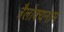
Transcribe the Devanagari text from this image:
त्रैलोक्यनाम